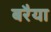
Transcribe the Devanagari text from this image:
बरैया